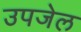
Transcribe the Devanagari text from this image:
उपजेल